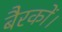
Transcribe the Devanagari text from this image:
बैरकों।